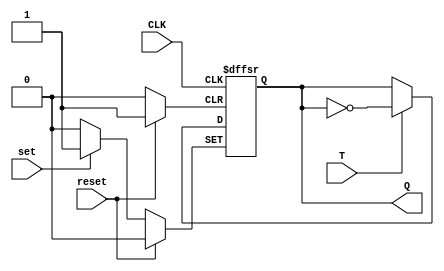
module T_flip_flop (
  input T,
  input reset,
  input set,
  input CLK,
  output reg Q
);

always @(posedge CLK or posedge reset or posedge set)
begin
  if (reset)
    Q <= 1'b0;
  else if (set)
    Q <= 1'b1;
  else if (T)
    Q <= ~Q;
end

endmodule